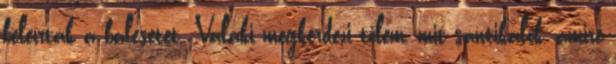
beleírták a balesetet. Valaki megkérdezi tőlem, mit sántikálok, amire